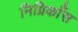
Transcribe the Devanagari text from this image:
निग्रिकाँस